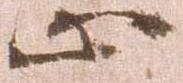
止